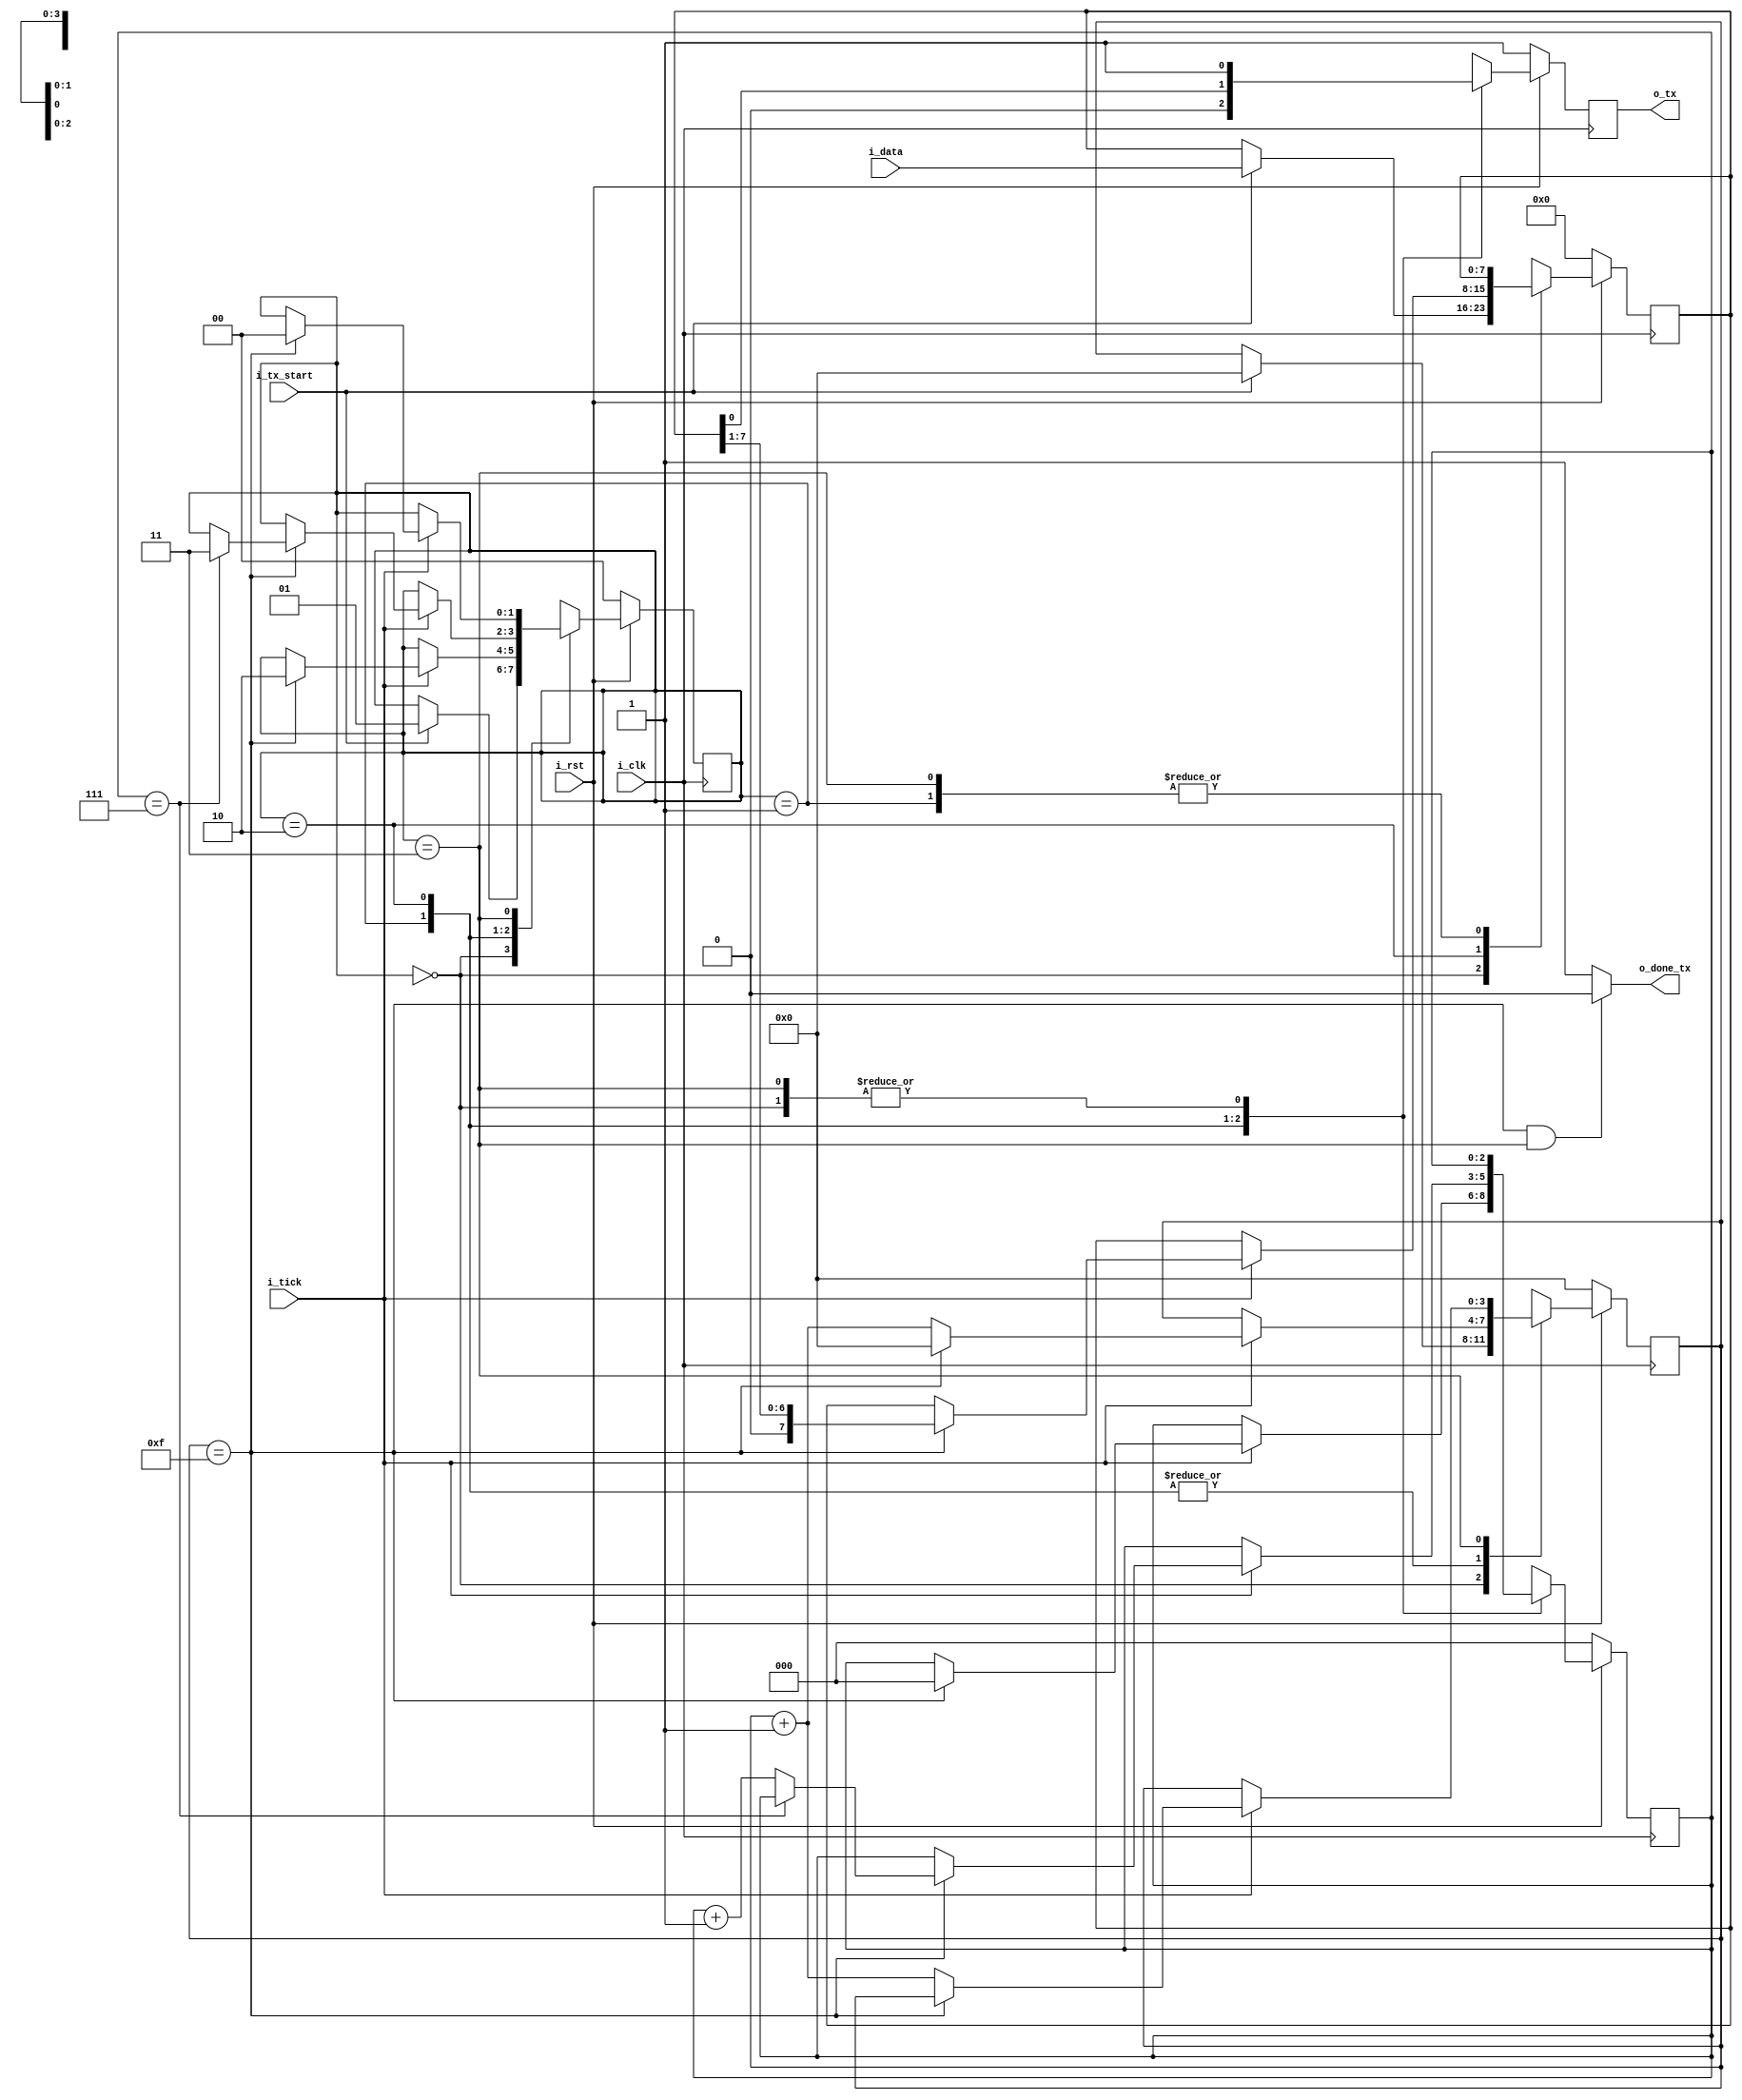
`timescale 1ns / 1ps
//////////////////////////////////////////////////////////////////////////////////
// Company: 
// Engineer: 
// 
// Design Name: 
// Module Name: rx
// Project Name: 
// Target Devices: 
// Tool Versions: 
// Description: 
// 
// Dependencies: 
// 
// Revision:
// Revision 0.01 - File Created
// Additional Comments:
// 
//////////////////////////////////////////////////////////////////////////////////

module tx
  #(
    parameter NB_DATA = 8, //DATA BITS
    parameter SB_TICK = 16 // TICKS FOR STOP BITS
   )
   (
    input i_clk,  
    input i_rst,
    input i_tx_start, //Tiene un resultado la interfaz
    input i_tick,
    input [NB_DATA-1:0] i_data, //Resultado de la ALU
    output o_done_tx, //Ya transmiti el dato a la PC
    output o_tx
   );
   
   //SYMBOLIC STATE DECLARATION
   localparam [2-1:0] idle= 2'b00;
   localparam [2-1:0] start= 2'b01;
   localparam [2-1:0] data=2'b10;
   localparam [2-1:0] stop=2'b11;
   
   //SYMBOL DECLARATION
   reg [2-1:0] state_reg;
   reg [2-1:0] state_next;
   reg [4-1:0] s_reg;
   reg [4-1:0] s_next;
   reg [3-1:0] n_reg;
   reg [3-1:0] n_next;
   reg [NB_DATA-1:0] b_reg;
   reg [NB_DATA-1:0] b_next;
   reg tx_reg;
   reg tx_next; //En los estados IDLE-START-STOP lo usa para empezar y cerrar la trama
                //En el estado DATA lo usa para transmitir los datos a la PC
   
   //FSMD STATE & DATA REGISTERS
   always @(posedge i_clk)
   begin
    if(!i_rst)
    begin
        state_reg <= idle;
        s_reg <= 4'b0;
        n_reg <= 3'b0;
        b_reg <= 8'b0;
        tx_reg <= 1'b1;
    end
    else
    begin
        state_reg <= state_next;
        s_reg <= s_next;
        n_reg <= n_next;
        b_reg <= b_next;
        tx_reg <= tx_next;
    end
   end
   
   //FSMD NEXT_STATE LOGIC
   always @(*)
   begin
        state_next = state_reg;
        s_next = s_reg;
        n_next = n_reg;
        b_next = b_reg;
        tx_next = tx_reg;
        
        case(state_reg)
            idle:
            begin
                tx_next = 1'b1;
                if(i_tx_start)
                begin
                    state_next = start;
                    s_next = 0;
                    b_next = i_data;
                end
            end
            start:
            begin
                tx_next = 1'b0;
                if(i_tick)
                begin
                    if(s_reg==15)
                    begin
                        state_next = data;
                        s_next = 4'b0;
                        n_next = 3'b0;    
                    end
                    else
                        s_next = s_reg + 1'b1;    
                end
            end
            data:
            begin
                tx_next = b_reg[0];
                if(i_tick)
                begin
                    if(s_reg==15)
                    begin
                        s_next = 4'b0;
                        b_next = b_reg >> 1;
                        if(n_reg==(NB_DATA-1))
                            state_next = stop;
                        else
                            n_next = n_reg + 1'b1;    
                    end
                    else
                        s_next = s_reg + 1'b1;    
                end
            end
            stop:
            begin
                tx_next = 1'b1;
                if(i_tick)
                begin
                    if(s_reg==(SB_TICK-1))
                    begin
                       state_next = idle;
                    end
                    else
                        s_next = s_reg + 1'b1;    
                end
            end
        endcase
   end
   
   //OUTPUT
   assign o_tx = tx_reg;
   assign o_done_tx = ((s_reg==(SB_TICK-1)) && (state_reg==stop))? 1'b0: 1'b1;

endmodule